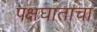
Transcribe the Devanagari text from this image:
पक्षघाताचा